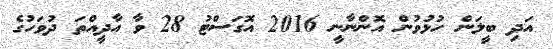
އަދި ބީލަން ހުޅުވުން އޮންނާނީ 2016 އޮގަސްޓު 28 ވާ އާދީއްތަ ދުވަހުގެ